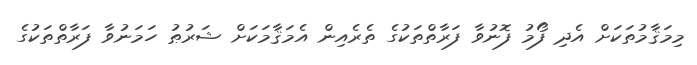
މިމަޤާމުތަކަށް އެދި ފޯމު ފޮނުވާ ފަރާތްތަކުގެ ތެރެއިން އެމަޤާމަކަށް ޝަރުޠު ހަމަނުވާ ފަރާތްތަކުގެ